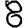
Digit: 8